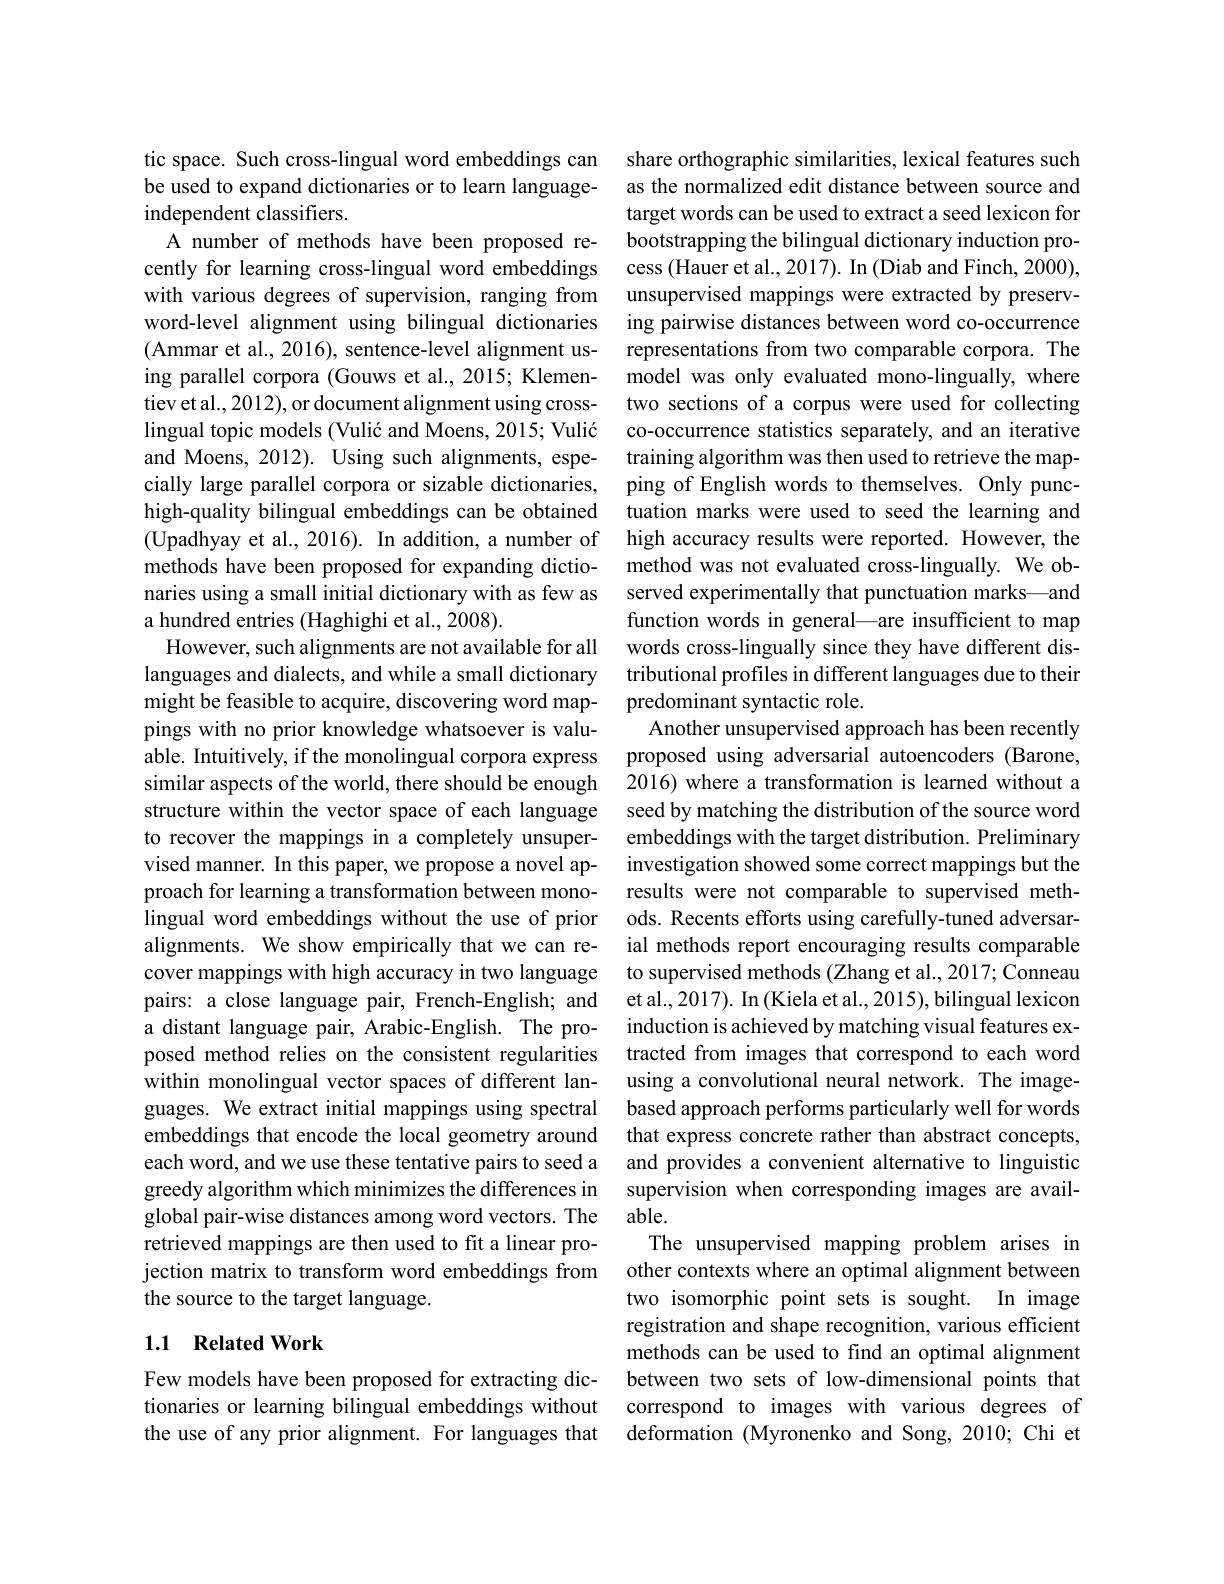
tic space. Such cross-lingual word embeddings can be used to expand dictionaries or to learn languageindependent classifiers.
A number of methods have been proposed recently for learning cross-lingual word embeddings with various degrees of supervision, ranging from word-level alignment using bilingual dictionaries (Ammar et al., 2016), sentence-level alignment using parallel corpora (Gouws et al., 2015; Klementiev et al., 2012), or document alignment using crosslingual topic models (Vulić and Moens, 2015; Vulić and Moens, 2012). Using such alignments, especially large parallel corpora or sizable dictionaries, high-quality bilingual embeddings can be obtained (Upadhyay et al., 2016). In addition, a number of methods have been proposed for expanding dictionaries using a small initial dictionary with as few as a hundred entries (Haghighi et al., 2008).
However, such alignments are not available for all languages and dialects, and while a small dictionary might be feasible to acquire, discovering word mappings with no prior knowledge whatsoever is valuable. Intuitively, if the monolingual corpora express similar aspects of the world, there should be enough structure within the vector space of each language to recover the mappings in a completely unsupervised manner. In this paper, we propose a novel approach for learning a transformation between monolingual word embeddings without the use of prior alignments. We show empirically that we can recover mappings with high accuracy in two language pairs: a close language pair, French-English; and a distant language pair, Arabic-English. The proposed method relies on the consistent regularities within monolingual vector spaces of different languages. We extract initial mappings using spectral embeddings that encode the local geometry around each word, and we use these tentative pairs to seed a greedy algorithm which minimizes the differences in global pair-wise distances among word vectors. The retrieved mappings are then used to fit a linear projection matrix to transform word embeddings from the source to the target language.

### 1.1 Related Work

Few models have been proposed for extracting dictionaries or learning bilingual embeddings without the use of any prior alignment. For languages that

share orthographic similarities, lexical features such as the normalized edit distance between source and target words can be used to extract a seed lexicon for bootstrapping the bilingual dictionary induction process (Hauer et al., 2017). In (Diab and Finch, 2000), unsupervised mappings were extracted by preserving pairwise distances between word co-occurrence representations from two comparable corpora. The model was only evaluated mono-lingually, where two sections of a corpus were used for collecting co-occurrence statistics separately, and an iterative training algorithm was then used to retrieve the mapping of English words to themselves. Only punctuation marks were used to seed the learning and high accuracy results were reported. However, the method was not evaluated cross-lingually. We observed experimentally that punctuation marks—and function words in general—are insufficient to map words cross-lingually since they have different distributional profiles in different languages due to their predominant syntactic role.
Another unsupervised approach has been recently proposed using adversarial autoencoders (Barone, 2016) where a transformation is learned without a seed by matching the distribution of the source word embeddings with the target distribution. Preliminary investigation showed some correct mappings but the results were not comparable to supervised methods. Recents efforts using carefully-tuned adversarial methods report encouraging results comparable to supervised methods (Zhang et al., 2017; Conneau et al., 2017). In (Kiela et al., 2015), bilingual lexicon induction is achieved by matching visual features extracted from images that correspond to each word using a convolutional neural network. The imagebased approach performs particularly well for words that express concrete rather than abstract concepts, and provides a convenient alternative to linguistic supervision when corresponding images are available.
The unsupervised mapping problem arises in other contexts where an optimal alignment between two isomorphic point sets is sought. In image registration and shape recognition, various efficient methods can be used to find an optimal alignment between two sets of low-dimensional points that correspond to images with various degrees of deformation (Myronenko and Song, 2010; Chi et